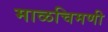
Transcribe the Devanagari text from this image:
माळचिमणी